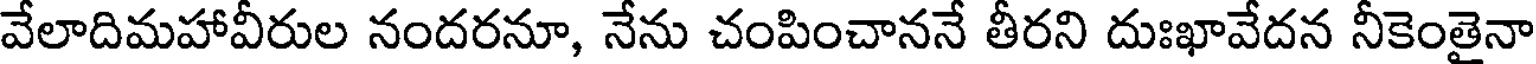
వేలాదిమహావీరుల నందరనూ, నేను చంపించాననే తీరని దుఃఖావేదన నీకెంతైనా